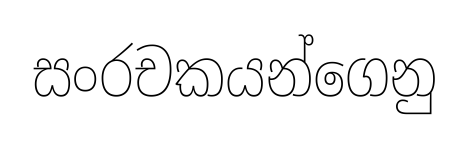
සංරචකයන්ගෙනු